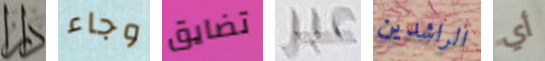
دار وجاء تضايق عبر الراشدين أي